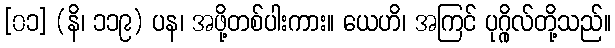
[၀၁] (နိ၊ ၁၁၉) ပန၊ အဖို့တစ်ပါးကား။ ယေဟိ၊ အကြင် ပုဂ္ဂိုလ်တို့သည်။